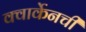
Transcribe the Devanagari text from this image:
क्वार्केनची